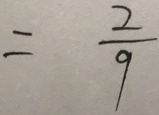
= \frac { 2 } { 9 }